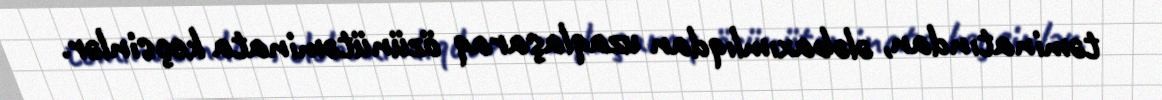
təminatından, ələbaxımlıqdan uzaqlaşaraq özünütəminata keçsinlər.